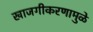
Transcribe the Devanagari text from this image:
खाजगीकरणामुळे